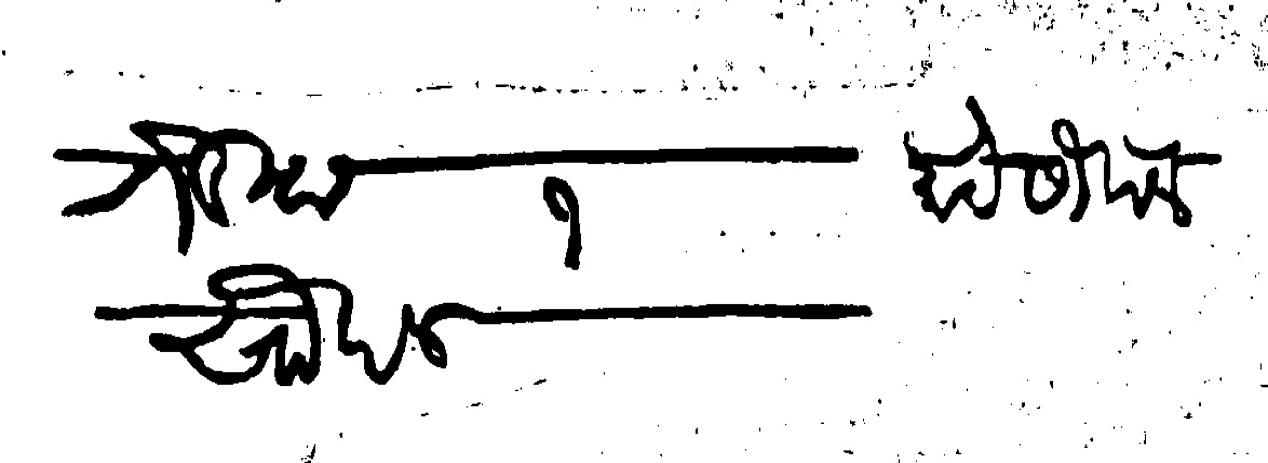
Transliteration (Devanagari): तेरीख १ माहे सौवाल